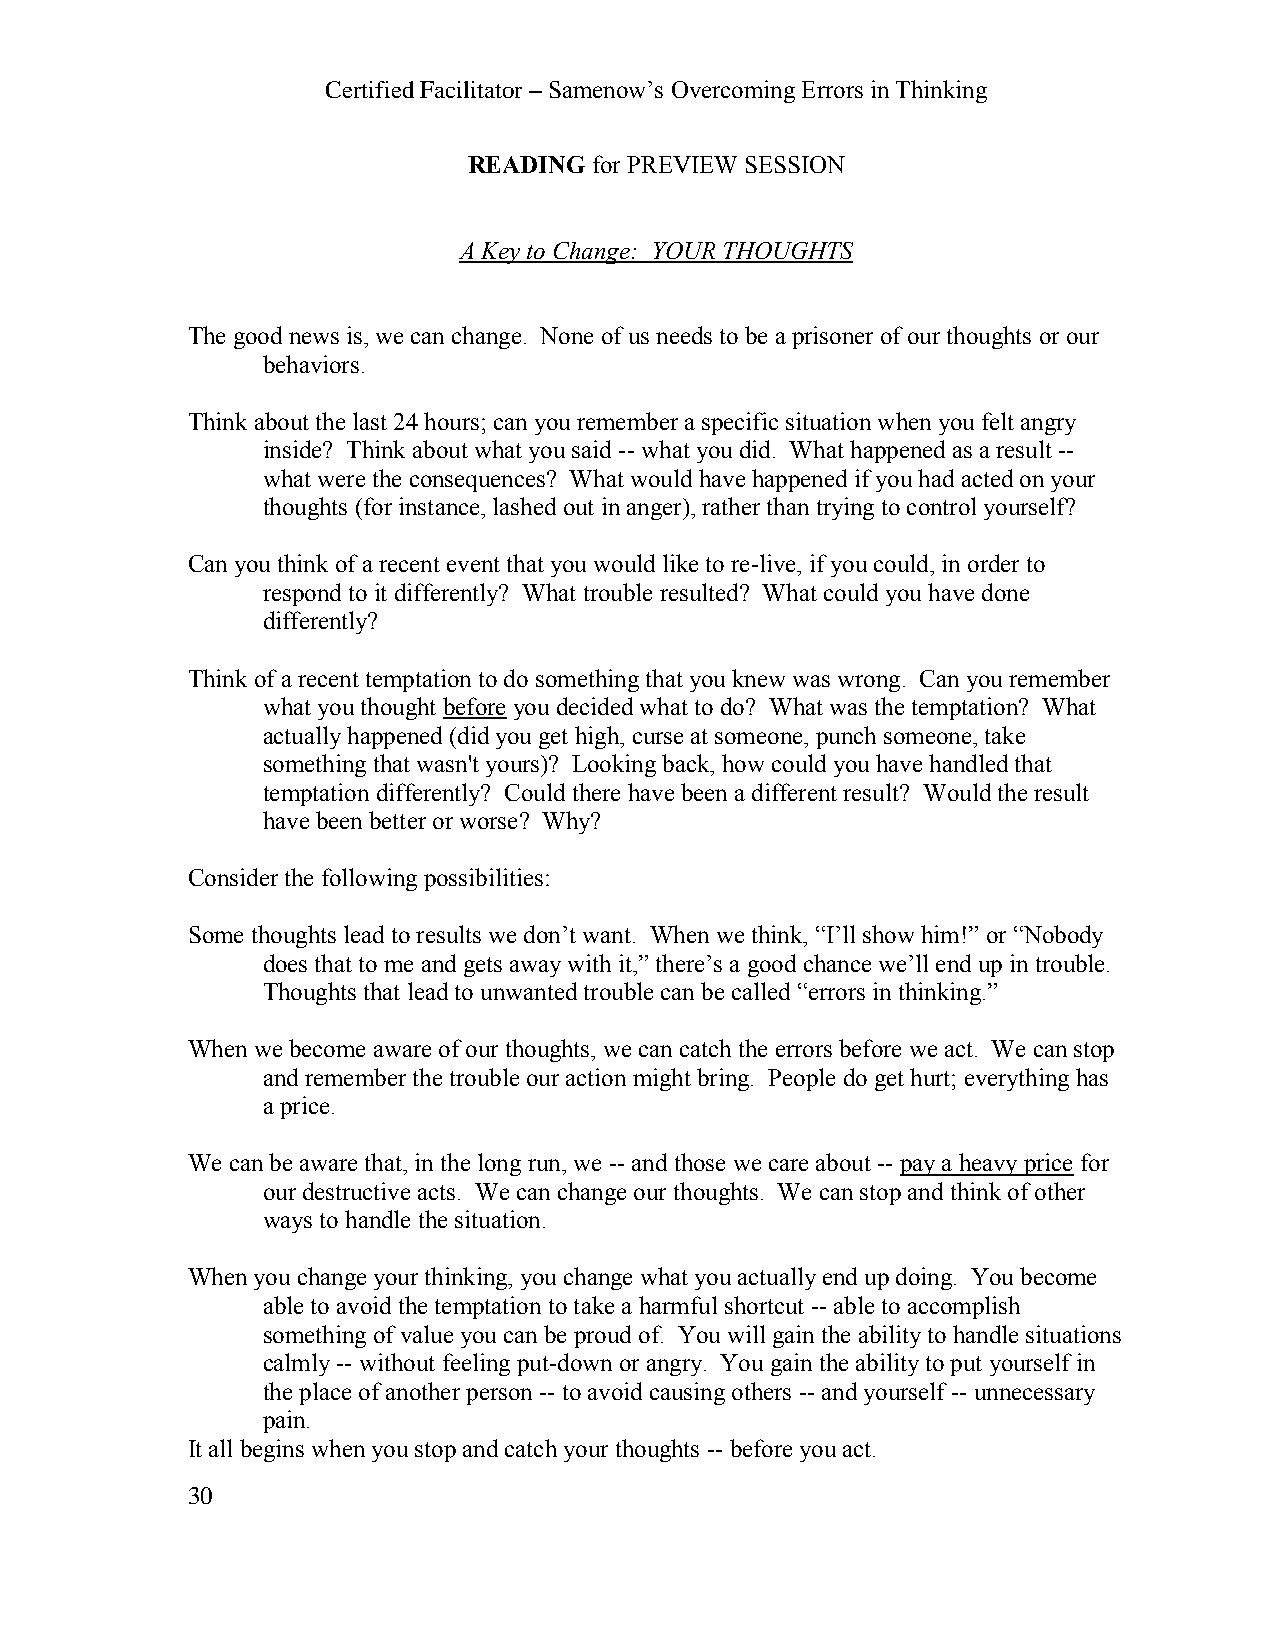
Certified Facilitator – Samenow’s Overcoming Errors in Thinking
 READING for PREVIEW SESSION
 A Key to Change: YOUR THOUGHTS
 The good news is, we can change. None of us needs to be a prisoner of our thoughts or our
 behaviors.
 Think about the last 24 hours; can you remember a specific situation when you felt angry
 inside? Think about what you said -- what you did. What happened as a result --
 what were the consequences? What would have happened if you had acted on your
 thoughts (for instance, lashed out in anger), rather than trying to control yourself?
 Can you think of a recent event that you would like to re-live, if you could, in order to
 respond to it differently? What trouble resulted? What could you have done
 differently?
 Think of a recent temptation to do something that you knew was wrong. Can you remember
 what you thought before you decided what to do? What was the temptation? What
 actually happened (did you get high, curse at someone, punch someone, take
 something that wasn't yours)? Looking back, how could you have handled that
 temptation differently? Could there have been a different result? Would the result
 have been better or worse? Why?
 Consider the following possibilities:
 Some thoughts lead to results we don’t want. When we think, “I’ll show him!” or “Nobody
 does that to me and gets away with it,” there’s a good chance we’ll end up in trouble.
 Thoughts that lead to unwanted trouble can be called “errors in thinking.”
 When we become aware of our thoughts, we can catch the errors before we act. We can stop
 and remember the trouble our action might bring. People do get hurt; everything has
 a price.
 We can be aware that, in the long run, we -- and those we care about -- pay a heavy price for
 our destructive acts. We can change our thoughts. We can stop and think of other
 ways to handle the situation.
 When you change your thinking, you change what you actually end up doing. You become
 able to avoid the temptation to take a harmful shortcut -- able to accomplish
 something of value you can be proud of. You will gain the ability to handle situations
 calmly -- without feeling put-down or angry. You gain the ability to put yourself in
 the place of another person -- to avoid causing others -- and yourself -- unnecessary
 pain.
 It all begins when you stop and catch your thoughts -- before you act.
 30